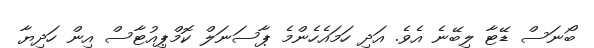
ބޯނަސް ޑޭޓާ ލިބޭނެ އެވެ. އަދި ހަމައެހެންމެ ޕާސަނަލް ކޮމްޕިއުޓާސް އިން ހަދިޔާ